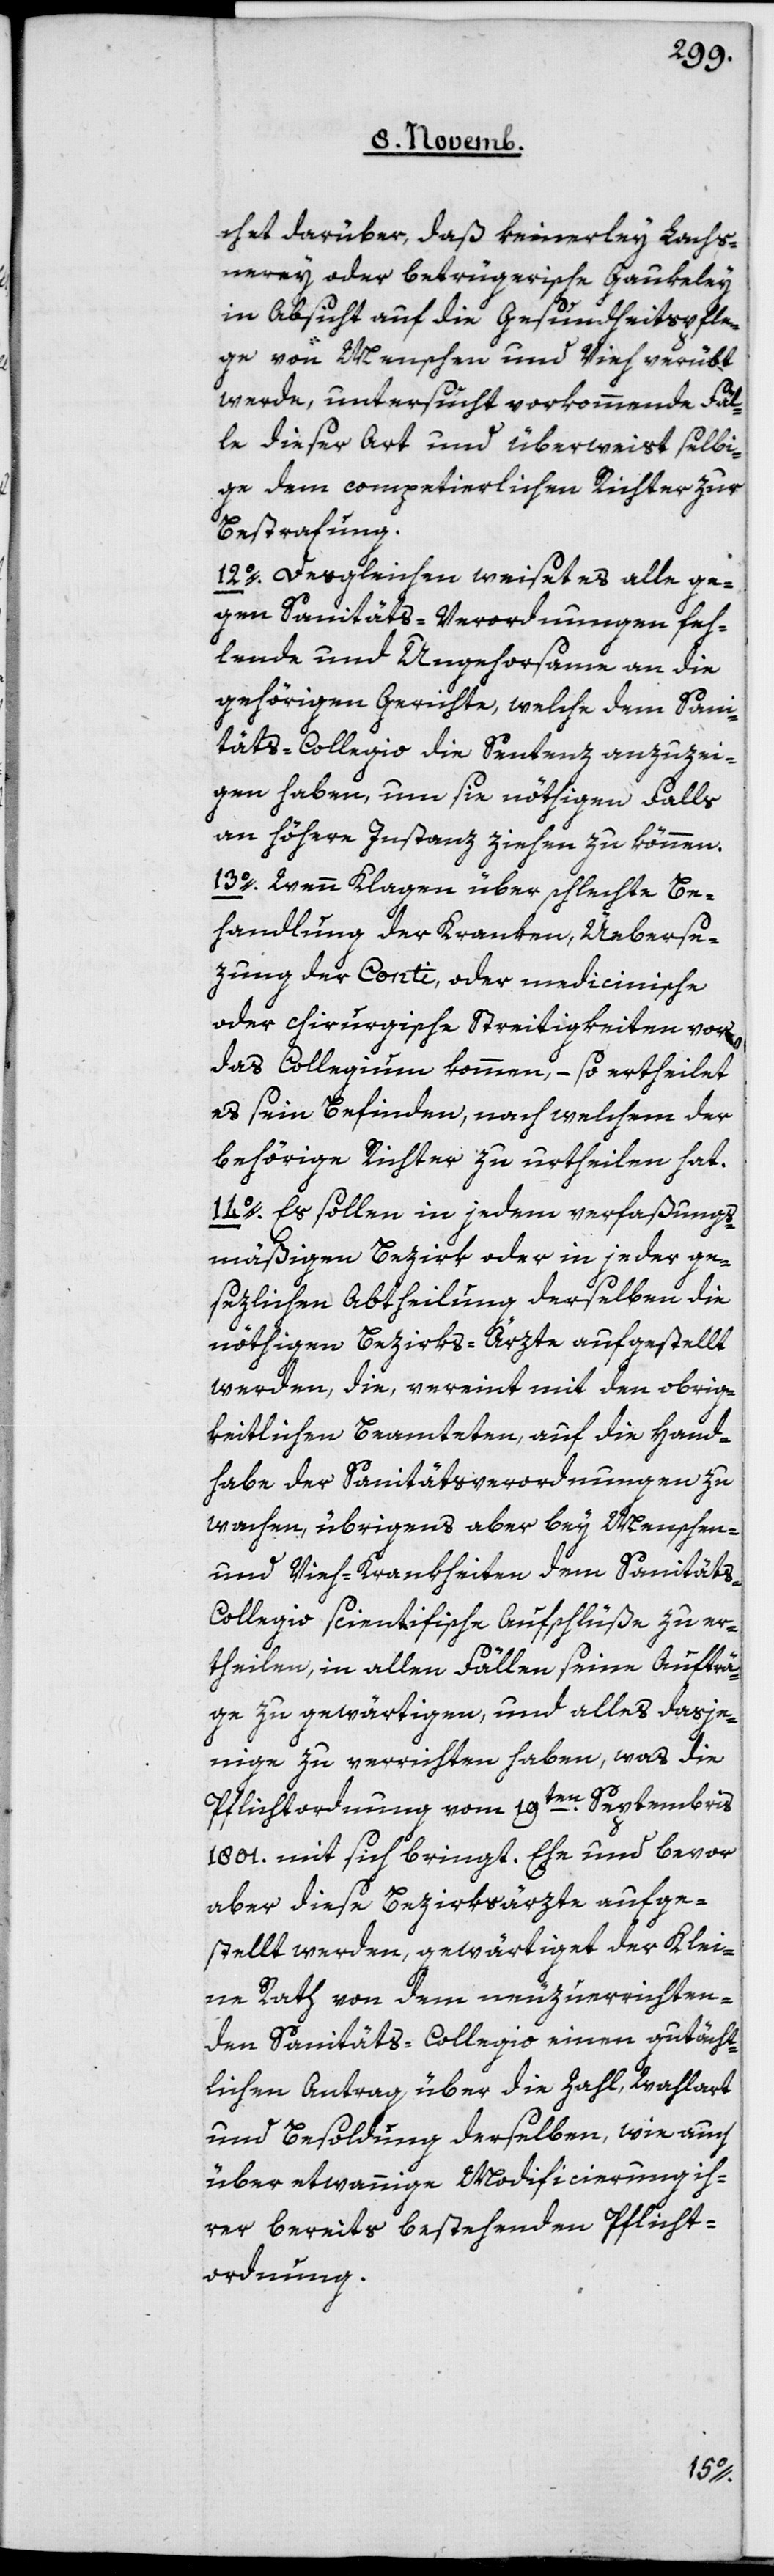
chet darüber, daß keinerley Lachs¬
nerey oder betrügerische Gaukeley
in Absicht auf die Gesundheitspfle¬
ge von Menschen und Vieh verübt
werde, untersucht vorkommende Fäl¬
le dieser Art und überweist selbi¬
ge dem competierlichen Richter zur
Bestrafung.
12o Desgleichen weiset es alle ge¬
gen Sanitäts-Verordnungen feh¬
lende und Ungehorsame an die
gehörigen Gerichte, welche dem Sani¬
täts-Collegio die Sentenz anzuzei¬
gen haben, um sie nöthigen Falls
an höhere Instanz ziehen zu können.
13o Wenn Klagen über schlechte Be¬
handlung der Kranken, Überse¬
zung der Conti oder medicinische
oder chirurgische Streitigkeiten vor
das Collegium kommen, – so ertheilet
es sein Befinden, nach welchem der
behörige Richter zu urtheilen hat.
14o Es sollen in jedem verfaßungs¬
mäßigen Bezirk oder in jeder ge¬
sezlichen Abtheilung derselben die
nöthigen Bezirks-Ärzte aufgestellt
werden, die, vereint mit den obrig¬
keitlichen Beamteten auf die Hand¬
habe der Sanitätsverordnungen zu
wachen, übrigens aber bey Menschen-
und Viehkrankheiten dem Sanitäts-C¬
ollegio scientifische Aufschlüße zu er¬
theilen, in allen Fällen seine Aufträ¬
ge zu gewärtigen, und alles dasje¬
nige zu verrichten haben, was die
Pflichtordnung vom 19ten Septembris
1801 mit sich bringt. Ehe und bevor
aber diese Bezirksärzte aufge¬
stellt werden, gewärtiget der Klei¬
ne Rath von dem neu zu errichten¬
den Sanitäts-Collegio einen gutächt¬
lichen Antrag über die Zahl, Wahlart
und Besoldung derselben, wie auch
über etwannige Modificierung ih¬
rer bereits bestehenden Pflicht¬
ordnung.